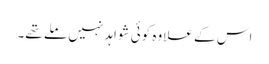
اس کے علاوہ کوئی شواہد نہیں ملے تھے۔